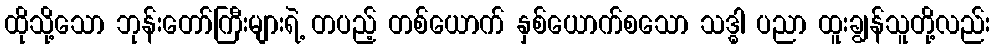
ထိုသို့သော ဘုန်းတော်ကြီးများရဲ့ တပည့် တစ်ယောက် နှစ်ယောက်စသော သဒ္ဓါ ပညာ ထူးချွန်သူတို့လည်း